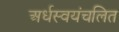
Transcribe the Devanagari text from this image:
अर्धस्वयंचलित